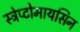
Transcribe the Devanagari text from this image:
स्ट्रेप्टोमायसिन